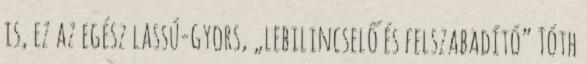
is, ez az egész lassú-gyors, „lebilincselő és felszabadító” Tóth